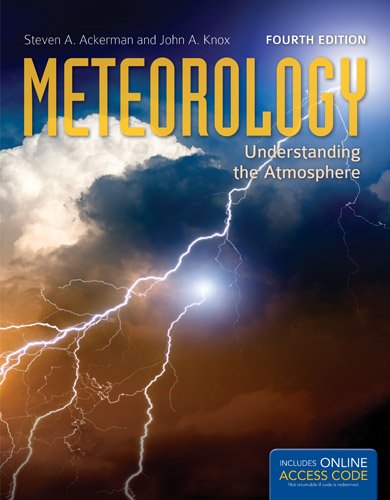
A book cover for Meteorology: Understanding the Atmosphere (Jones and Bartlett Titles in Physical Science); Steven A. Ackerman; Science & Math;